Indian journal of veterinary science and animal husbandry - Volume 1,
Year: 1931
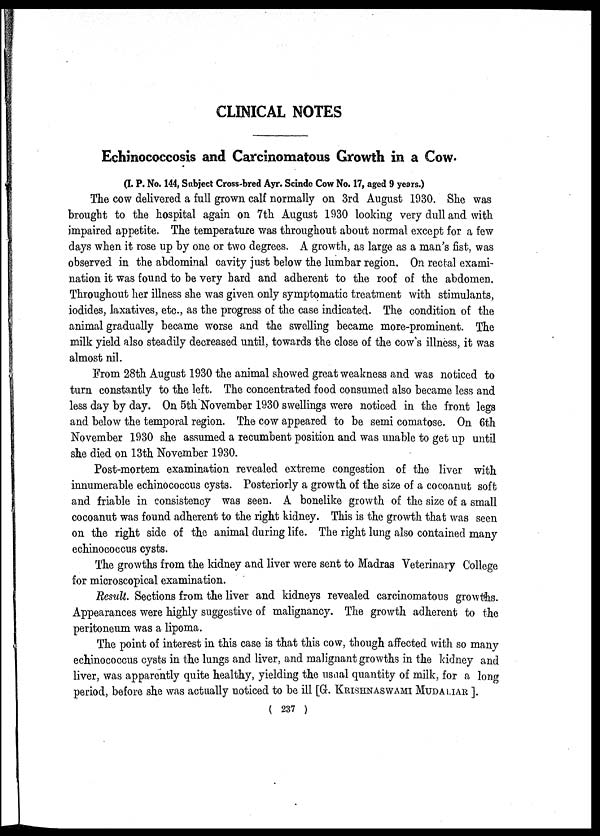
CLINICAL NOTES
Echinococcosis and Carcinomatous Growth in a Cow.
(I. P. No. 144, Subject Cross-bred Ayr. Scinde Cow No. 17, aged 9 years.)
The cow delivered a full grown calf normally on 3rd August 1930. She was
brought to the hospital again on 7th August 1930 looking very dull and with
impaired appetite. The temperature was throughout about normal except for a few
days when it rose up by one or two degrees. A growth, as large as a man's fist, was
observed in the abdominal cavity just below the lumbar region. On rectal exami-
nation it was found to be very hard and adherent to the roof of the abdomen.
Throughout her illness she was given only symptomatic treatment with stimulants,
iodides, laxatives, etc., as the progress of the case indicated. The condition of the
animal gradually became worse and the swelling became more-prominent. The
milk yield also steadily decreased until, towards the close of the cow's illness, it was
almost nil.
From 28th August 1930 the animal showed great weakness and was noticed to
turn constantly to the left. The concentrated food consumed also became less and
less day by day. On 5th November 1930 swellings were noticed in the front legs
and below the temporal region. The cow appeared to be semi comatose. On 6th
November 1930 she assumed a recumbent position and was unable to get up until
she died on 13th November 1930.
Post-mortem examination revealed extreme congestion of the liver with
innumerable echinococcus cysts. Posteriorly a growth of the size of a cocoanut soft
and friable in consistency was seen. A bonelike growth of the size of a small
cocoanut was found adherent to the right kidney. This is the growth that was seen
on the right side of the animal during life. The right lung also contained many
echinococcus cysts.
The growths from the kidney and liver were sent to Madras Veterinary College
for microscopical examination.
Result. Sections from the liver and kidneys revealed carcinomatous growths.
Appearances were highly suggestive of malignancy. The growth adherent to the
peritoneum was a lipoma.
The point of interest in this case is that this cow, though affected with so many
echinococcus cysts in the lungs and liver, and malignant growths in the kidney and
liver, was apparently quite healthy, yielding the usual quantity of milk, for a long
period, before she was actually noticed to be ill [G. KRISHNASWAMI MUDALIAR ].
( 237 )